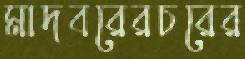
মাদবরেরচরের